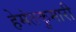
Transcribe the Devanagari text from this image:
हेमंतकुमारी